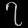
Digit: ၇